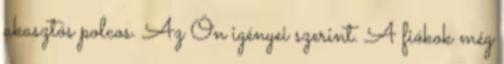
akasztós polcos. Az Ön igényei szerint. A fiókok még